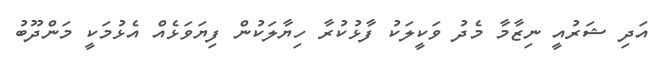
އަދި ޝަރުއީ ނިޒާމާ މެދު ވަކީލަކު ފާޅުކުރާ ހިޔާލަކުން ފިޔަވަޅެއް އެޅުމަކީ މަންދޫބު